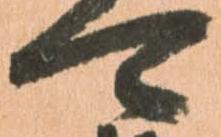
可